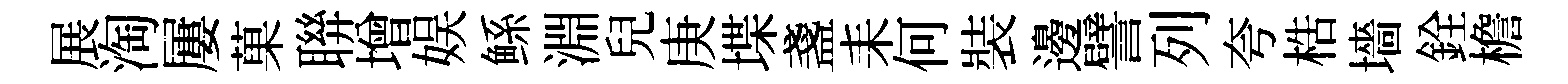
展淘屢菓聨增娱鲧淵兒庚堞盞耒何裝邊譬列夸梏墻銓檐